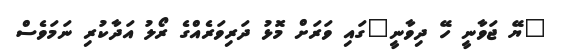
"ޔޭ ޖަވާނީ ހޭ ދިވާނީ"ގައި ވަރަށް މޮޅު ދަރިވަރެއްގެ ރޯލު އަދާކުރި ނަމަވެސް